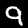
Label: 9